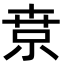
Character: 𡮃